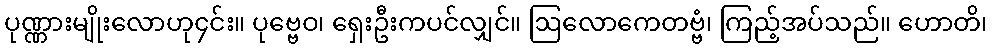
ပုဏ္ဏားမျိုးလောဟု၄င်း။ ပုဗ္ဗေဝ၊ ရှေးဦးကပင်လျှင်။ ဩလောကေတဗ္ဗံ၊ ကြည့်အပ်သည်။ ဟောတိ၊